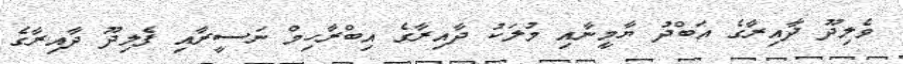
ވެލިދޫ ދާއިރާގެ އަބްދު ޔާމީނާއި މުލަކު ދާއިރާގެ އިބްރާހިމް ނަސީރާއި ފެލިދޫ ދާއިރާގެ